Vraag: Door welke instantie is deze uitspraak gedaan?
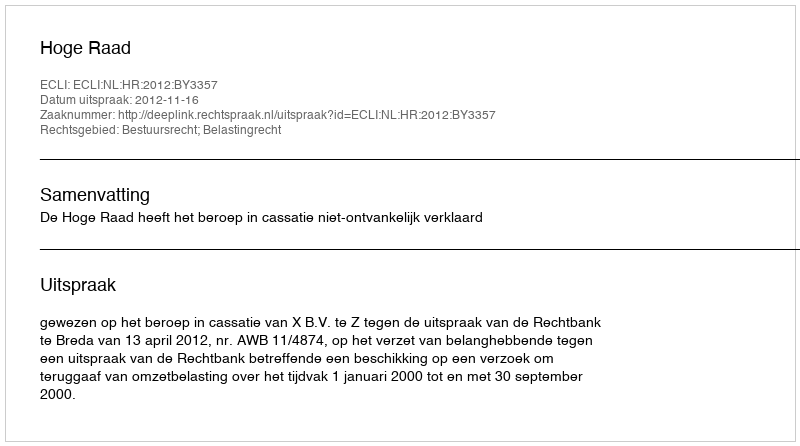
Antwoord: Hoge Raad